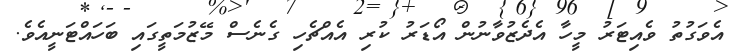
އެވަގުތު ވެއިޓަރު މީހާ އެދެޒުވާނުން އޯޑަރު ކުރި އެއްޗެހި ގެނެސް މޭޒުމަތީގައި ބަހައްޓަނީއެވެ.